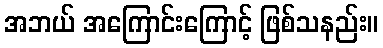
အဘယ် အကြောင်းကြောင့် ဖြစ်သနည်း။